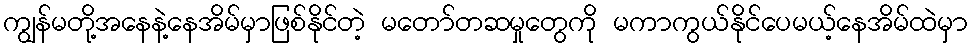
ကျွန်မတို့အနေနဲ့နေအိမ်မှာဖြစ်နိုင်တဲ့ မတော်တဆမှုတွေကို မကာကွယ်နိုင်ပေမယ့်နေအိမ်ထဲမှာ